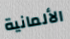
الألمانية